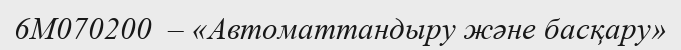
6М070200  – «Автоматтандыру және басқару»